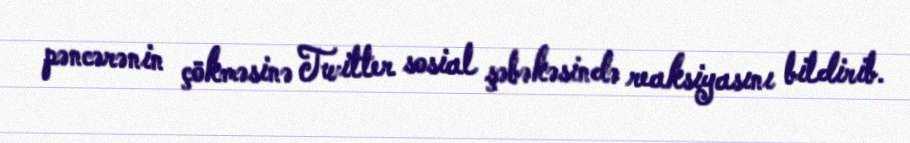
pəncərənin çökməsinə Twitter sosial şəbəkəsində reaksiyasını bildirib.